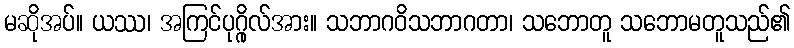
မဆိုအပ်။ ယဿ၊ အကြင်ပုဂ္ဂိုလ်အား။ သဘာဂဝိသဘာဂတာ၊ သဘောတူ သဘောမတူသည်၏